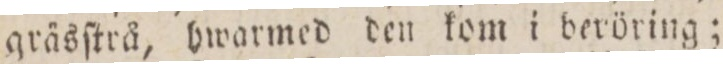
gräsſtrå, hwarmed den kom i beröring;